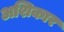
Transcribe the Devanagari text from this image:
अशिकार